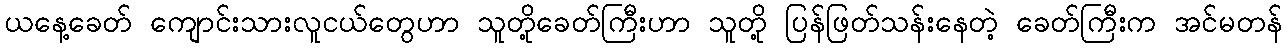
ယနေ့ခေတ် ကျောင်းသားလူငယ်တွေဟာ သူတို့ခေတ်ကြီးဟာ သူတို့ ပြန်ဖြတ်သန်းနေတဲ့ ခေတ်ကြီးက အင်မတန်